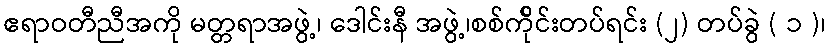
ဧရာဝတီညီအကို မတ္တရာအဖွဲ့၊ ဒေါင်းနီ အဖွဲ့၊စစ်က်ိုင်းတပ်ရင်း (၂) တပ်ခွဲ ( ၁ )၊